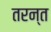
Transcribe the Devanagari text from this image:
तरन्त